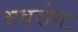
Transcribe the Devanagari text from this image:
भवरोगः